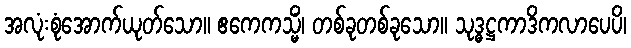
အလုံးစုံအောက်ယုတ်သော။ ဧကေကသ္မိံ၊ တစ်ခုတစ်ခုသော။ သုဒ္ဓဋ္ဌကာဒိကလာပေပိ၊